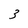
Character: 3